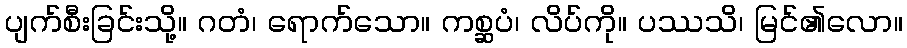
ပျက်စီးခြင်းသို့။ ဂတံ၊ ရောက်သော။ ကစ္ဆပံ၊ လိပ်ကို။ ပဿသိ၊ မြင်၏လော။